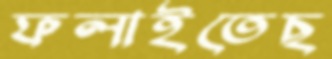
ফলাইতেছ